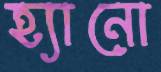
হ্যানো